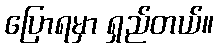
ပြောရမှာ ရှည်တယ်။